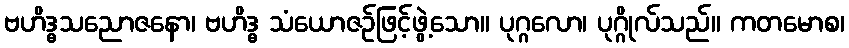
ဗဟိဒ္ဓသညောဇနော၊ ဗဟိဒ္ဓ သံယောဇဉ်ဖြင့်ဖွဲ့သော။ ပုဂ္ဂလော၊ ပုဂ္ဂိုလ်သည်။ ကတမောစ၊